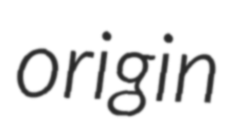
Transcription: origin